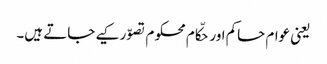
یعنی عوام حاکم اور حکّام محکوم تصوّر کیے جاتے ہیں۔